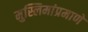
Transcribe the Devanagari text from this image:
मुस्लिमांप्रमाणे